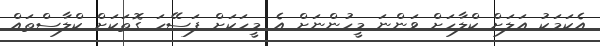
އެކަމަކު އަލަށް ކްލާހަށް ވަންނަ މީހުންނަށް އެ މީހަކަށް ފަސޭހަ ގޮތަކަށް ކްލާސްތައް